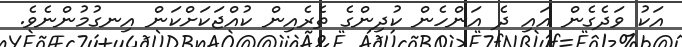
އަކު ވަދެގެން އައި ދެ އަންހެން ކުދިންގެ ތެރެއިން ކުއްޖަކަށްކަން އިނގުމުންނެވެ.